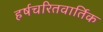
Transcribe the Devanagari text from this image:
हर्षचरितवार्तिक